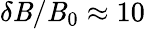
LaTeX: \delta\mathit{B}/\mathit{B}_{0}\approx10